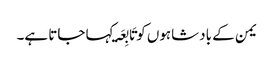
یمن کے بادشاہوں کو تَابِعَۃ کہا جاتا ہے۔